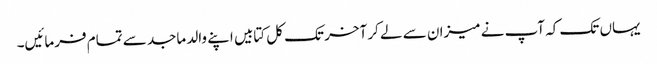
یہاں تک کہ آپ نے میزان سے لے کر آخر تک کل کتابیں اپنے والد ماجد سے تمام فرمائیں۔